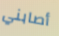
أصابني